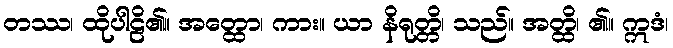
တဿ၊ ထိုပါဠိ၏။ အတ္ထော၊ ကား။ ယာ နိရုတ္တိ၊ သည်။ အတ္ထိ၊ ၏။ ဣဒံ၊